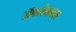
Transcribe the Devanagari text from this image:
ॲफ्लेकला